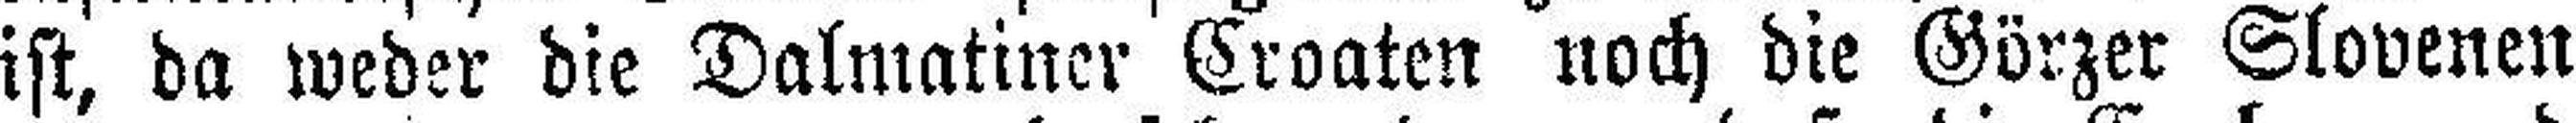
ist, da weder die Dalmatiner Croaten noch die Görzer Slovenen